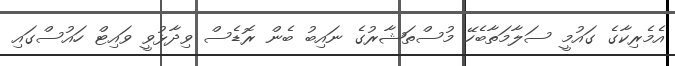
އެމެރިކާގެ ގައުމީ ސަލާމަތާބެހޭ މުސްތަޝާރުގެ ނައިބު ބެން ރޮޑެސް ވިދާޅުވީ ވައިޓް ހައުސްގައި